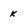
Character: k